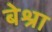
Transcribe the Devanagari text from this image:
बेश्रा